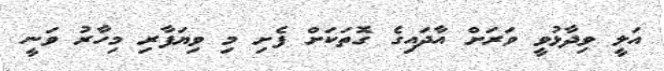
އަލީ ވިދާޅުވީ ވަރަށް އާދައިގެ ގޮތަކަށް ފެށި މި ވިޔަފާރި މިހާރު ވަނީ